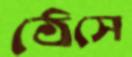
ঠেসে